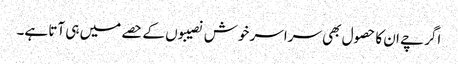
اگرچے ان کا حصول بھی سراسر خوش نصیبوں کے حصے میں ہی آتا ہے۔